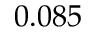
0 . 0 8 5